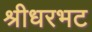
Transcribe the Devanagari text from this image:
श्रीधरभट